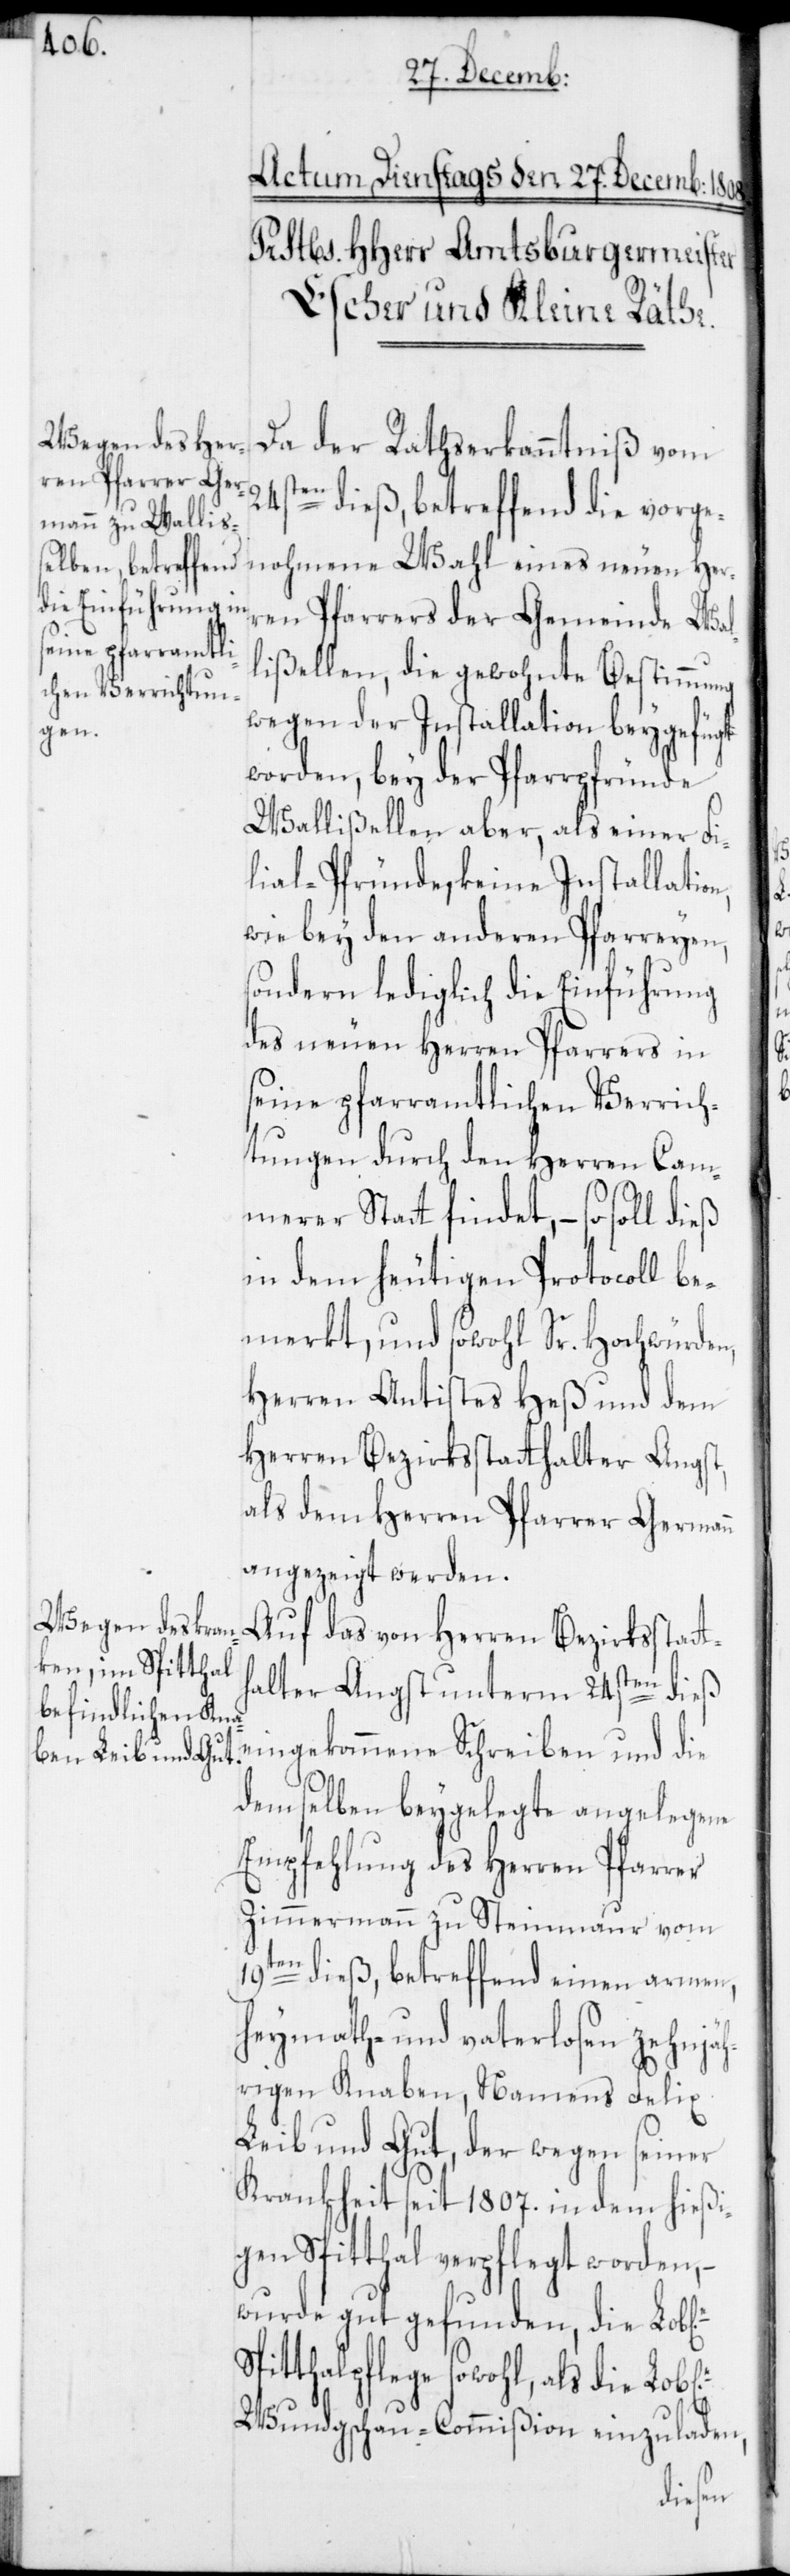
Da der Rathserkanntniß vom
24sten dieß, betreffend die vorgen¬
ren Pfarrers der Gemeinde Wal¬
lißellen, die gewohnte Bestimmung
wegen der Installation beygefügt
n,
worden, bey der Pfarrpfründe
Wallißellen aber, als einer Fi¬
lial-Pfründe, keine Installatio¬
wie bey den anderen Pfarreyen,
sondern lediglich die Einführung
des neuen Herren Pfarrers in
seine pfarramtlichen Verrich¬
tungen durch den Herren Cam¬
merer Statt findet, – so
in dem heutigen Protocoll be¬
merkt, und sowohl Sr. Hochwürden,
Herren Antistes Heß und dem
Herren Bezirksstatthalter Angst,
als dem Herren Pfarrer Germann
angezeigt werden.
Auf das von Herren Bezirksstatt¬
halter Angst unterm 24sten dieß
eingekommene Schreiben und die
demselben beygelegte angelegene
Empfehlung des Herren Pfarre¬
rs Zimmermann zu Steinmaur vom
19ten dieß, betreffend einen armen,
heymath- und vaterlosen zehnjäh¬
rigen Knaben, Namens Felix
Leib und Gut, der wegen seiner
Krankheit seit 1807. in dem hießi¬
gen Spitthal verpflegt worden, –
wurde gut gefunden, die Lob[l¬
Spitthalpflege sowohl, als die Lob[l¬
Wundgschau-Commißion einzuladen,
ich]e